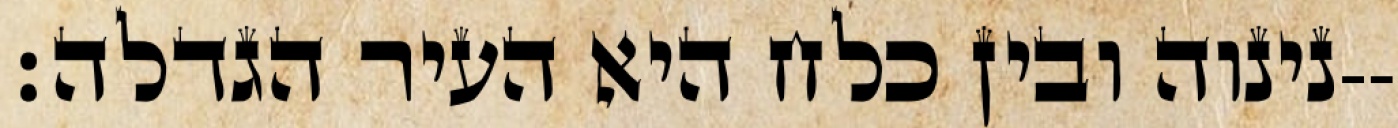
נינוה ובין כלח היא העיר הגדלה׃--